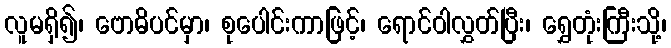
လူမရှိ၍၊ ဗောဓိပင်မှာ၊ စုပေါင်းကာဖြင့်၊ ရောင်ဝါလွှတ်ပြီး၊ ရွှေတုံးကြီးသို့၊